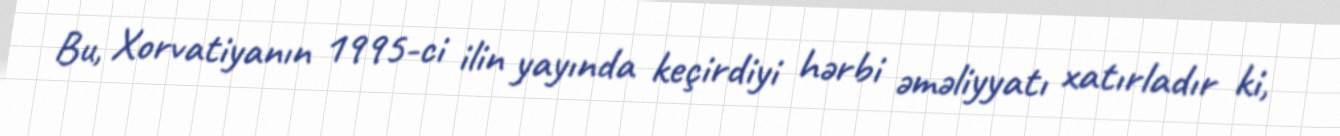
Bu, Xorvatiyanın 1995-ci ilin yayında keçirdiyi hərbi əməliyyatı xatırladır ki,